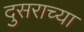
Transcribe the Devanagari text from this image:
दुसराच्या